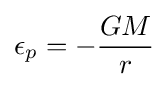
\epsilon _{p}=-{\frac {GM}{r}}